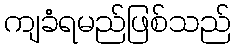
ကျခံရမည်ဖြစ်သည်